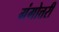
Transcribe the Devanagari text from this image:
गंगोत्तरी